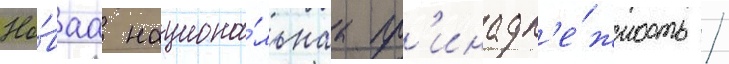
Но́ваа национа́льнаа пр'инадл'е́жность /